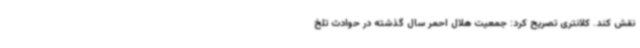
نقش کند. کلانتری تصریح کرد: جمعیت هلال احمر سال گذشته در حوادث تلخ